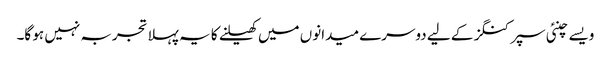
ویسے چنئی سپرکنگز کے لیے دوسرے میدانوں میں کھیلنے کا یہ پہلا تجربہ نہیں ہو گا۔